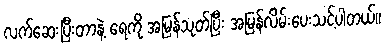
လက်ဆေးပြီးတာနဲ့ ရေကို အမြန်သုတ်ပြီး အမြန်လိမ်းပေးသင့်ပါတယ်။